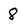
Character: 8